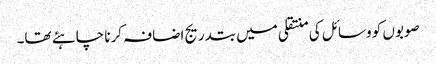
صوبوں کو وسائل کی منتقلی میں بتدریج اضافہ کرنا چاہئے تھا۔